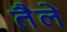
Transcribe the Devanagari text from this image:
तैले